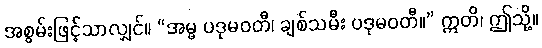
အစွမ်းဖြင့်သာလျှင်။ “အမ္မ ပဒုမဝတီ၊ ချစ်သမီး ပဒုမဝတီ။” ဣတိ၊ ဤသို့။